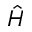
\hat { H }